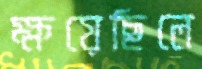
ক্ষয়েছিলে